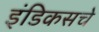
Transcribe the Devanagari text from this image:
इंडिकसचे